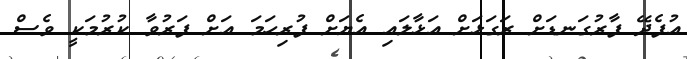
އުފެދޭ ފާރުގަނޑަށް ރަގަޅަށް އަޅާލައި އެޔަށް ފުރިހަމަ އަށް ފަރުވާ ކުރުމަކީ ވެސް